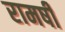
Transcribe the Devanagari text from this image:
रामर्षी